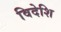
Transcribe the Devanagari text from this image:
विदेशि